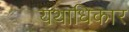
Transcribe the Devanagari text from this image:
यथाधिकार